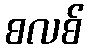
စလစ်